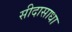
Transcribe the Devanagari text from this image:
सीदासाधा